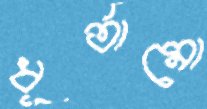
ধূর্তামো